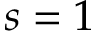
s = 1